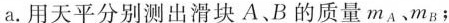
a. 用天平分别测出滑块A、B的质量m_{A}、m_{B}；